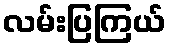
လမ်းပြကြယ်